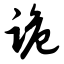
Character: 诡